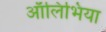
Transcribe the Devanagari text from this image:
ऑलिभिया